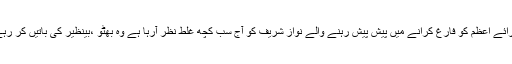
مگر مسلم لیگ کے دو وزیر اعظم سمیت پیپلز پارٹی کے چار وزرائے اعظم کو فارغ کرانے میں پیش پیش رہنے والے نواز شریف کو آج سب کچھ غلط نظر آرہا ہے وہ بھٹو ،بینظیر کی باتیں کر رہے ہیں قدرت کے اصول مکافات عمل اور انصاف پر قربان جائیں ۔